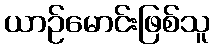
ယာဉ်မောင်းဖြစ်သူ